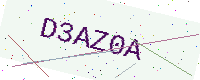
Text: D3AZ0A